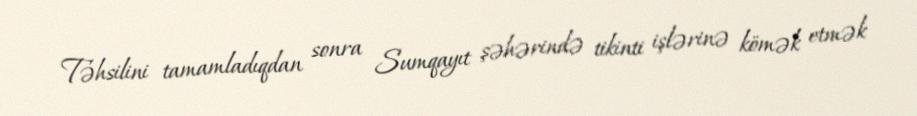
Təhsilini tamamladıqdan sonra Sumqayıt şəhərində tikinti işlərinə kömək etmək